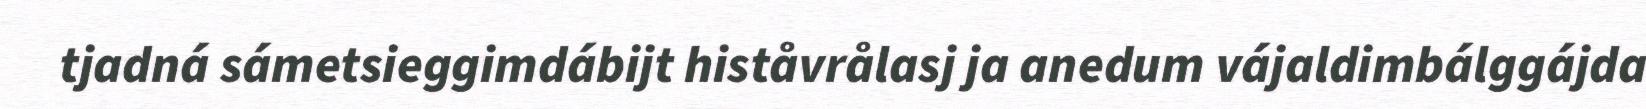
tjadná sámetsieggimdábijt histåvrålasj ja anedum vájaldimbálggájda